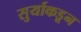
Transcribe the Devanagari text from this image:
सुर्याकडून